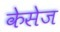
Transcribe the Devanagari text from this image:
केसेज